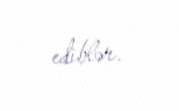
ediblər.